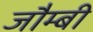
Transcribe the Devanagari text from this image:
जौम्बी